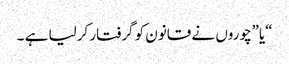
“یا”چوروں نے قانون کو گرفتار کرلیا ہے ۔